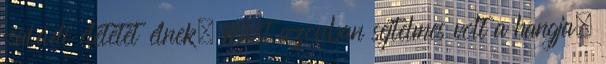
családi életetet élnek. Most azonban sejtelmes volt a hangja,